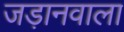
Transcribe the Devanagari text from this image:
जड़ानवाला